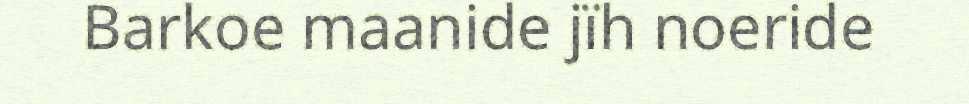
Barkoe maanide jïh noeride